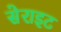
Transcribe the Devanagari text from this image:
सेराइट